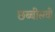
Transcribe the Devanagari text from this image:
छब्बीसवी